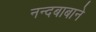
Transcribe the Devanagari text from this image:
नन्दबाबाने